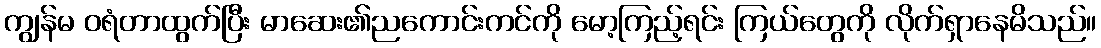
ကျွန်မ ဝရံတာထွက်ပြီး မာဆေး၏ညကောင်းကင်ကို မော့ကြည့်ရင်း ကြယ်တွေကို လိုက်ရှာနေမိသည်။